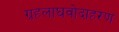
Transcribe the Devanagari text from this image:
ग्रहलाघवोदाहरण